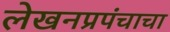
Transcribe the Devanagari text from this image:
लेखनप्रपंचाचा